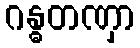
ဂန္ဓတဏှာ